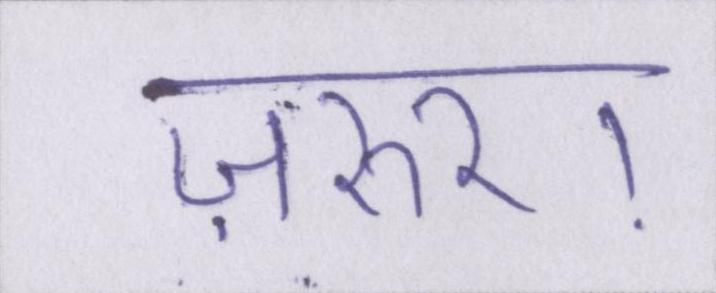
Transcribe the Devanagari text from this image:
ज़रुर।